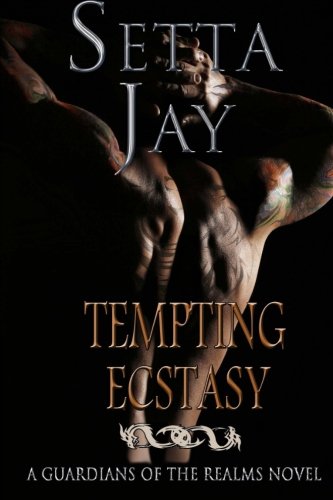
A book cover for Tempting Ecstasy (The Guardians of the Realms) (Volume 4); Setta Jay; Romance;